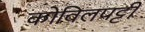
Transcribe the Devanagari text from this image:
कोविलपट्टी